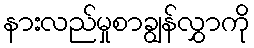
နားလည်မှုစာချွန်လွှာကို